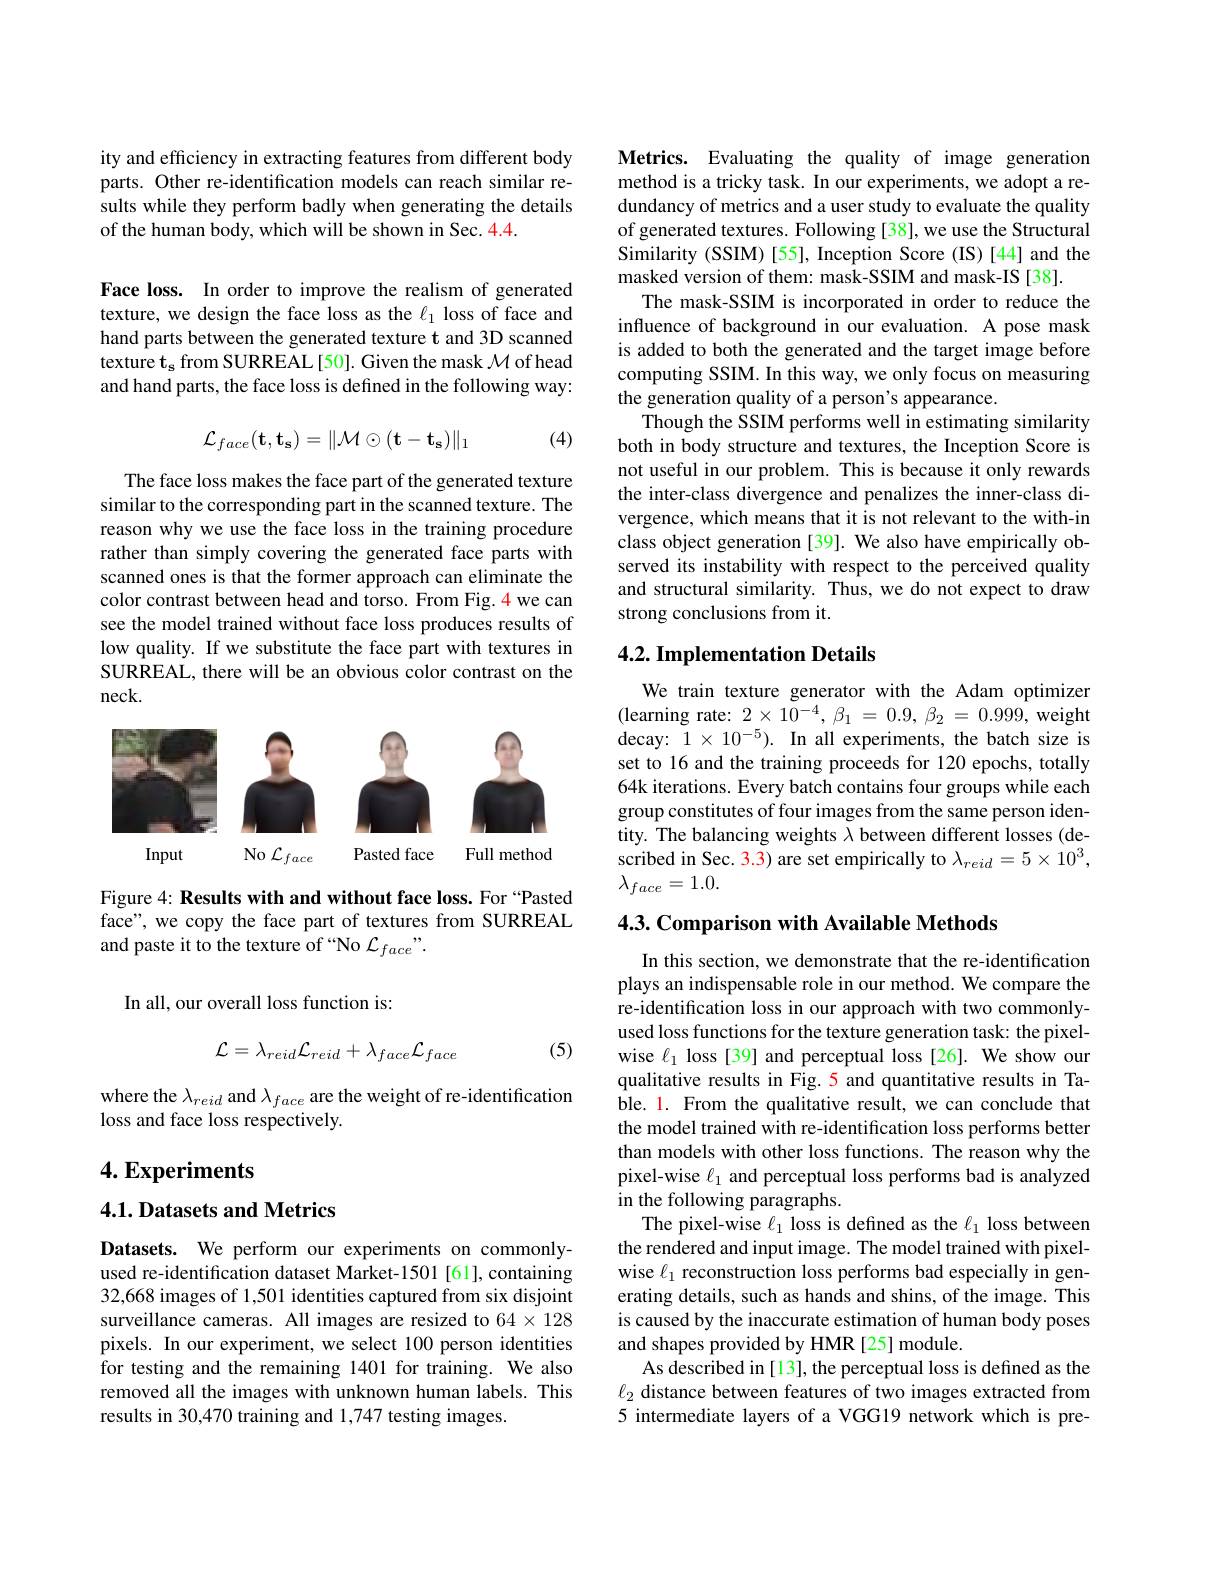
ity and efficiency in extracting features from different body parts. Other re-identification models can reach similar results while they perform badly when generating the details of the human body, which will be shown in Sec. 4.4

Face loss. In order to improve the realism of generated texture, we design the face loss as the $\ell_1$ loss of face and hand parts between the generated texture t and 3D scanned and hand parts, the face loss is defined in the following way:

(4)
$$\mathcal{L}_{face}(\mathbf{t},\mathbf{t_{s}})=\|\mathcal{M}\odot(\mathbf{t}-\mathbf{t_{s}})\|_1$$
The face loss makes the face part of the generated texture similar to the corresponding part in the scanned texture. The reason why we use the face loss in the training procedure rather than simply covering the generated face parts with scanned ones is that the former approach can eliminate the color contrast between head and torso. From Fig. 4 we can see the model trained without face loss produces results of low quality. If we substitute the face part with textures in SURREAL, there will be an obvious color contrast on the neck.

<FigureHere>

Figure 4: Results with and without face loss. For “Pasted face", we copy the face part of textures from SURREAL and paste it to the texture of “No $\mathcal{L}_{face}”.$

In all, our overall loss function is:
$$\mathcal{L}=\lambda_{reid}\mathcal{L}_{reid}+\lambda_{face}\mathcal{L}_{face}$$
(5)

where the $\lambda_{reid}$ and $\lambda_face$ are the weight of re-identification
loss and face loss respectively.

## $4. \textbf{Experiments}$

4.1. Datasets and Metrics

Datasets. We perform our experiments on commonlyused re-identification dataset Market-1501 [61], containing 32,668 images of 1,501 identities captured from six disjoint surveillance cameras. All images are resized to $64\times128$ pixels. In our experiment, we select 100 person identities for testing and the remaining 1401 for training. We also removed all the images with unknown human labels. This results in 30,470 training and 1,747 testing images.

Metrics. Evaluating the quality of image generation method is a tricky task. In our experiments, we adopt a redundancy of metrics and a user study to evaluate the quality of generated textures. Following [38], we use the Structural Similarity (SSIM) [55], Inception Score (IS)[44] and the masked version of them: mask-SSIM and mask-IS [38].
The mask-SSIM is incorporated in order to reduce the influence of background in our evaluation. A pose mask is added to both the generated and the target image before computing SSIM. In this way, we only focus on measuring the generation quality of a person's appearance.
Though the SSIM performs well in estimating similarity both in body structure and textures, the Inception Score is not useful in our problem. This is because it only rewards the inter-class divergence and penalizes the inner-class divergence, which means that it is not relevant to the with-in class object generation [39]. We also have empirically observed its instability with respect to the perceived quality and structural similarity. Thus, we do not expect to draw strong conclusions from it.

## 4.2. Implementation Details

We train texture generator with the Adam optimizer (learning rate: $2\times10^{-4},\beta_{1}=0.9,\beta_{2}=0.999$, weight decay: $1\times10^{-5}).$ In all experiments, the batch size is set to 16 and the training proceeds for 120 epochs, totally 64k iterations. Every batch contains four groups while each group constitutes of four images from the same person identity. The balancing weights $\lambda$ between different losses(described in Sec. 3.3) are set empirically to $\lambda_{reid}=5\times10^{3}$, $\lambda_{face}=1.0.$

4.3. Comparison with Available Methods

In this section, we demonstrate that the re-identification plays an indispensable role in our method. We compare the re-identification loss in our approach with two commonlyused loss functions for the texture generation task: the pixelwise $\ell_1$ loss [39] and perceptual loss [26]. We show our qualitative results in Fig.5 and quantitative results in Table. 1. From the qualitative result, we can conclude that the model trained with re-identification loss performs better than models with other loss functions. The reason why the pixel-wise $\ell_1$ and perceptual loss performs bad is analyzed in the following paragraphs.
The pixel-wise $\ell_1$ loss is defined as the $\ell_1$ loss between the rendered and input image. The model trained with pixelwise $\ell_1$ reconstruction loss performs bad especially in generating details, such as hands and shins, of the image. This is caused by the inaccurate estimation of human body poses and shapes provided by HMR [25] module.
As described in [13], the perceptual loss is defined as the $\ell_2$ distance between features of two images extracted from 5 intermediate layers of a VGG19 network which is pre-